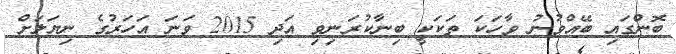
ބޮންގައި ބޭއްވުނު ވާހަކަ ތަކަކީ ބިނާކުރަނިވި އަދި 2015 ވަނަ އަހަރުގެ ނިޔަލަށް